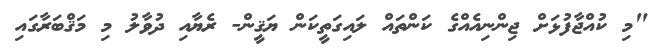
"މި ކުއްޖާފުޅަށް ޖިންނިއެއްގެ ކަންތައް ލައިގަތީކަން ޔަޤީން- ރެޔާއި ދުވާލު މި މަޤްބަރާގައި